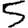
Digit: 5